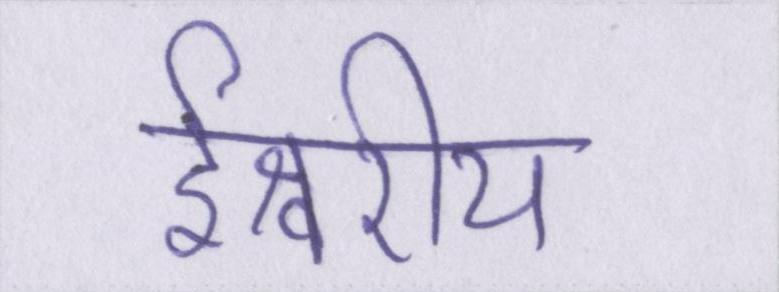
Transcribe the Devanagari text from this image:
ईश्वरीय